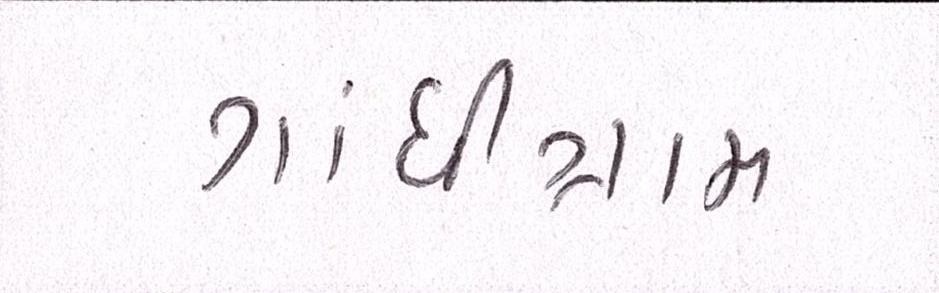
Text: ગાંધીગ્રામ